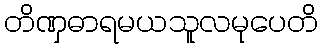
တိဏှဓာရမယသူလမုပေတိ